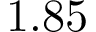
1 . 8 5